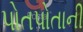
પોતપોતાની